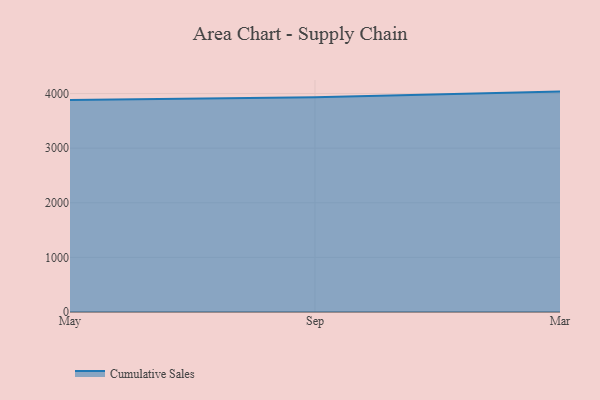
{"axis": {"x": "Month", "y": "Revenue (USD Million)"}, "legend": ["Cumulative Sales"], "data": [{"x": "May", "y": 3881.6, "type": "Cumulative Sales"}, {"x": "Sep", "y": 3932.2, "type": "Cumulative Sales"}, {"x": "Mar", "y": 4035.5, "type": "Cumulative Sales"}]}